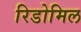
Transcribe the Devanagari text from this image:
रिडोमिल